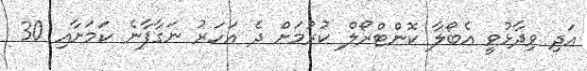
އަދި ވިދާޅުވީ އެބޯލާ ކޮންޓްރޯލް ކުރުމަށް ދެ އަހަރު ނަގާފާނެ ކަމަށާއި 30